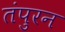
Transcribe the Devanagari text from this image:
तंपुरन